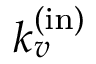
k _ { v } ^ { \mathrm { ( i n ) } }